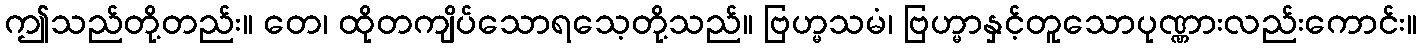
ဤသည်တို့တည်း။ တေ၊ ထိုတကျိပ်သောရသေ့တို့သည်။ ဗြဟ္မသမံ၊ ဗြဟ္မာနှင့်တူသောပုဏ္ဏားလည်းကောင်း။